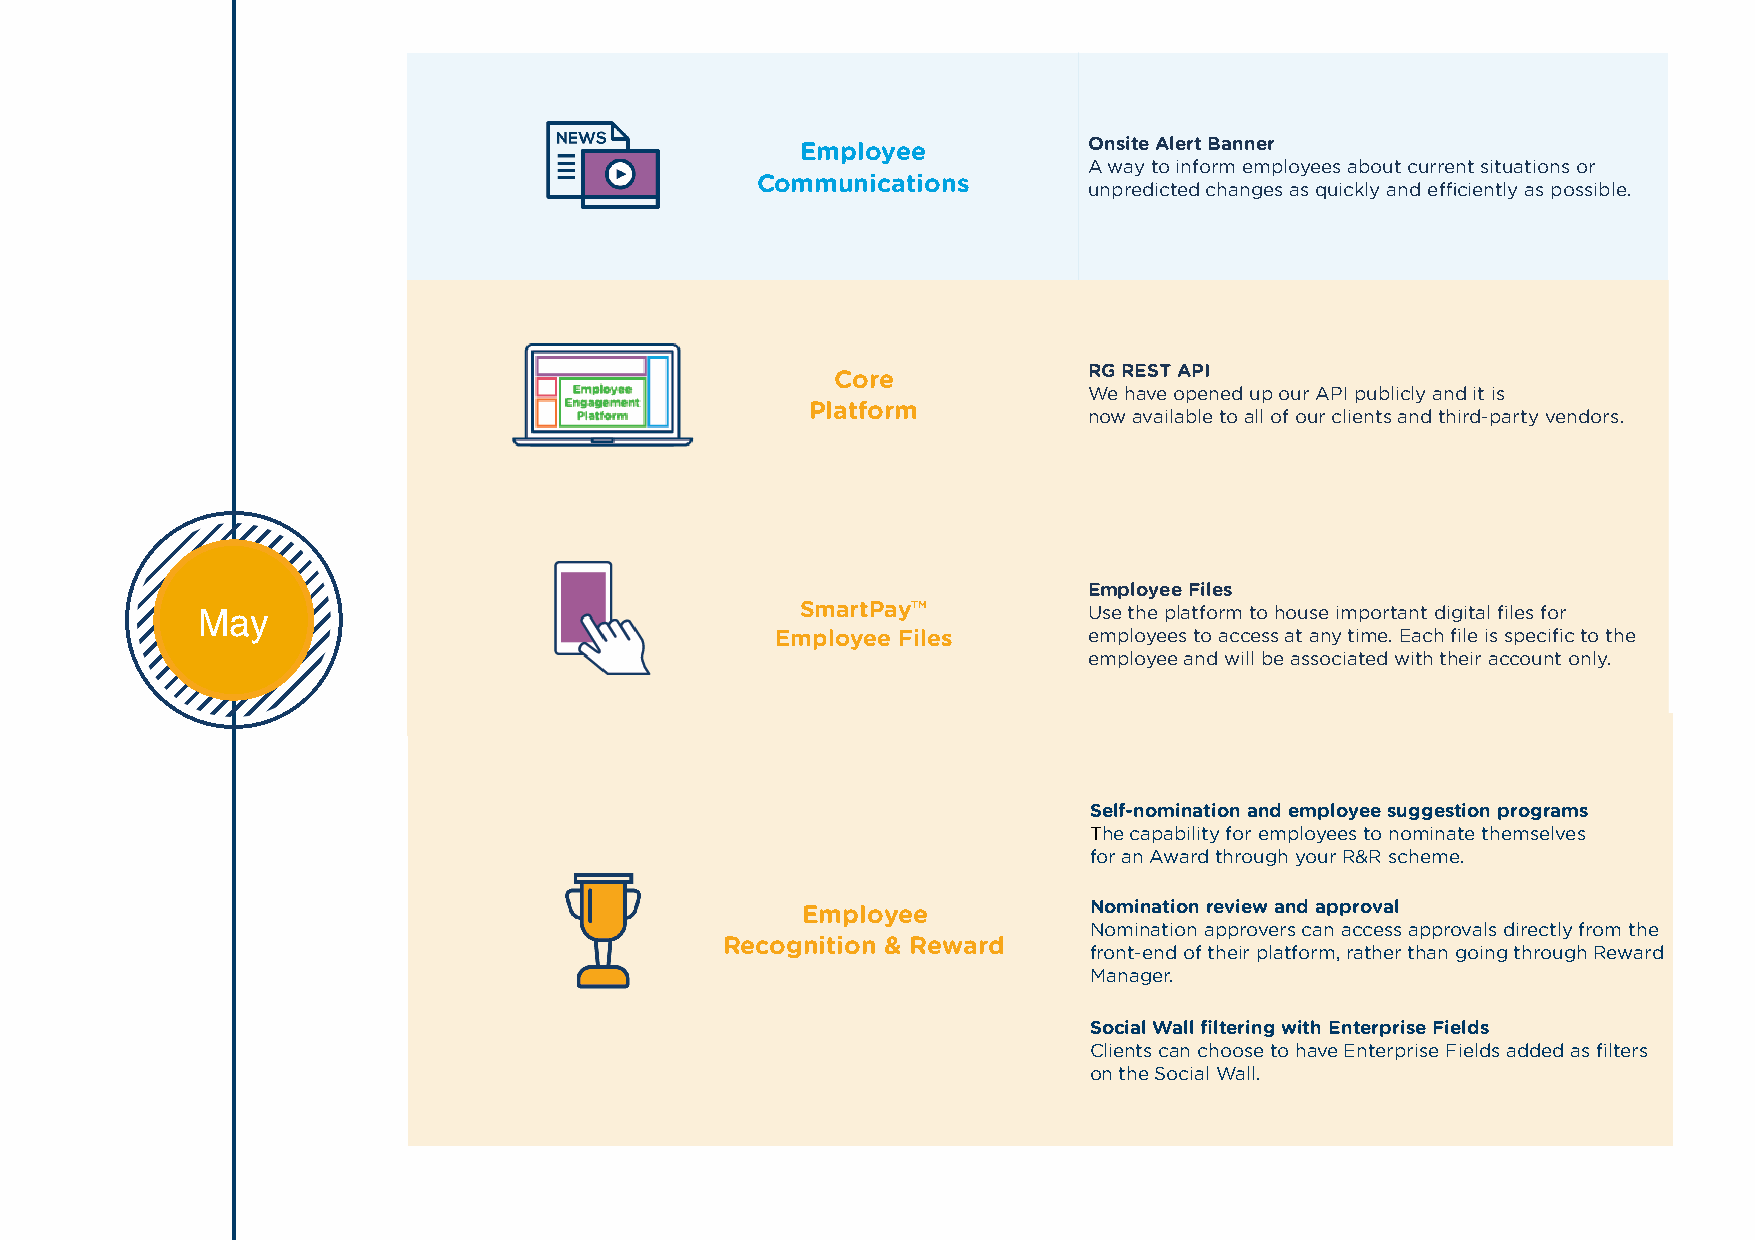
Employee           Onsite Alert Banner
 A way to inform employees about current situations or
 Communications
 unpredicted changes as quickly and efficiently as possible.
 Core             RG REST API
 We have opened up our API publicly and it is
 Platform
 now available to all of our clients and third-party vendors.
 Employee Files
 FeMbrauyary                               SmartPay™          Use the platform to house important digital files for
 Employee Files       employees to access at any time. Each file is specific to the
 employee and will be associated with their account only.
 Self-nomination and employee suggestion programs
 The capability for employees to nominate themselves
 for an Award through your R&R scheme.
 Employee           Nomination review and approval
 Nomination approvers can access approvals directly from the
 Recognition & Reward
 front-end of their platform, rather than going through Reward
 Manager.
 Social Wall filtering with Enterprise Fields
 Clients can choose to have Enterprise Fields added as filters
 on the Social Wall.